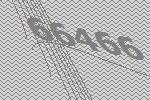
66466